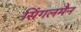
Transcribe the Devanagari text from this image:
सिंगलमैन